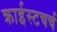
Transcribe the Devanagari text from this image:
क्राईस्टचर्च